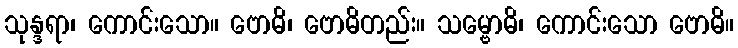
သုန္ဒရာ၊ ကောင်းသော။ ဗောဓိ၊ ဗောဓိတည်း။ သမ္ဗောဓိ၊ ကောင်းသော ဗောဓိ။